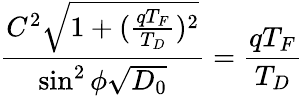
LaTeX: \frac{C^{2}\sqrt{1+(\frac{qT_{F}}{T_{D}})^{2}}}{\sin^{2}\phi\sqrt{D_{0}}}=\frac{qT_{F}}{T_{D}}